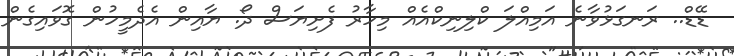
ޑޭޑް.. ރަނގަޅުވާނެ އަމިއްލަ ކްލިނިކްއެއް މިހާރު ފެށިޔަސް ދޯ. ޔާއިން އެދެމީހުން ގޮވައިގެން